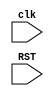
module control_unit (
    input      clk,
    input      RST,
    
);
    
endmodule